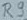
Text: R9